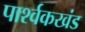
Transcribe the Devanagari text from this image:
पार्श्वकखंड